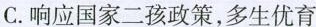
C.响应国家二孩政策，多生优育